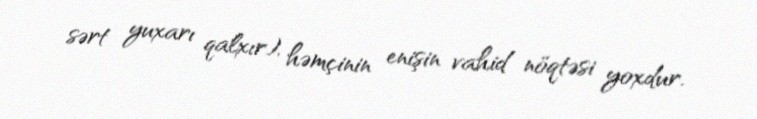
sərt yuxarı qalxır), həmçinin enişin vahid nöqtəsi yoxdur.